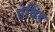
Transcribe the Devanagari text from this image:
ऐविंड